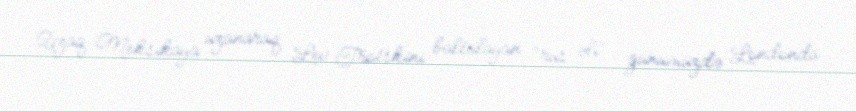
Uzaq Meksikaya uzanaraq Lev Trotskini baltalayan “rus əli” günümüzdə Londonda